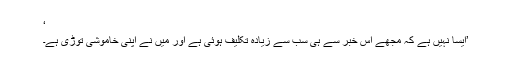
‘
’ایسا نہیں ہے کہ مجھے اس خبر سے ہی سب سے زیادہ تکلیف ہوئی ہے اور میں نے اپنی خاموشی توڑی ہے۔